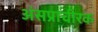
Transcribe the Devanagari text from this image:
अंसप्राचीरक